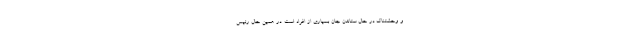
و وحشتناک در حال ستاندن جان بسیاری از افراد است. در همین حال رئيس